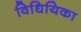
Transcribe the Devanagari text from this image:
विधियिका